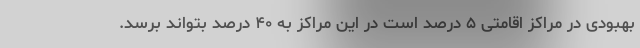
بهبودی در مراکز اقامتی ۵ درصد است در این مراکز به ۴۰ درصد بتواند برسد.